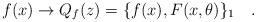
LaTeX: \begin{align*}f(x)\to Q_f(z)=\{f(x),F(x,\theta )\}_1\,\,\,\,\,\,.\end{align*}